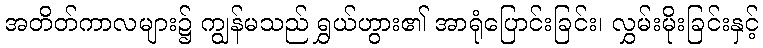
အတိတ်ကာလများ၌ ကျွန်မသည် ရွှယ်ဟွား၏ အာရုံပြောင်းခြင်း၊ လွှမ်းမိုးခြင်းနှင့်